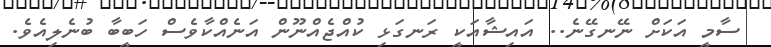
ސާމީ އަކަށް ނޭނގޭނެ.. އައިޝާއަކީ ރަނގަޅި ކުއްޖެއްނޫން އަނެއްކާވެސް ހަބީބާ ބުނެލިއެވެ.